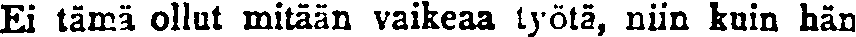
Ei tämä ollut mitään vaikeaa työtä, niin kuin hän